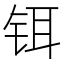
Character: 铒